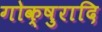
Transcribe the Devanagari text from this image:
गोक्षुरादि